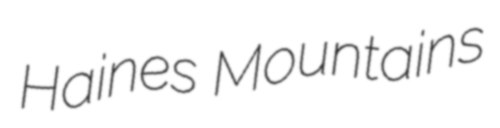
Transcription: Haines Mountains